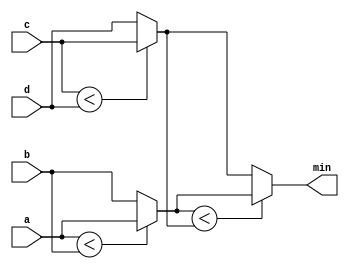
/* (0 ? 3 : 5)     // This is 5 because the condition is false.
   (sel ? b : a)   // A 2-to-1 multiplexer between a and b selected by sel.

   always @(posedge clk)         // A T-flip-flop.
        q <= toggle ? ~q : q;
always @(*)                   // State transition logic for a one-input FSM
  case (state)
    A: next = w ? B : A;
    B: next = w ? A : B;
  endcase
*/
module top_module (
    input [7:0] a, b, c, d,
    output [7:0] min);

    // assign intermediate_result1 = compare? true: false;
    wire [7:0] min1;
    wire [7:0] min2;
    assign min1 = a<b ? a:b;
    assign min2 = c<d ? c:d;
    assign min = min1<min2 ? min1:min2;


endmodule